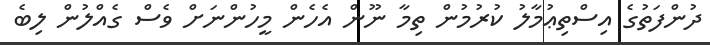
ދުންފަތުގެ އިސްތިޢުމާލު ކުރުމުން ތިމާ ނޫން އެހެން މީހުންނަށް ވެސް ގެއްލުން ލިބެ